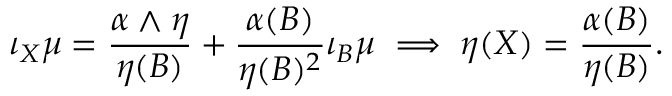
\iota _ { X } \mu = \frac { \alpha \wedge \eta } { \eta ( B ) } + \frac { \alpha ( B ) } { \eta ( B ) ^ { 2 } } \iota _ { B } \mu \implies \eta ( X ) = \frac { \alpha ( B ) } { \eta ( B ) } .